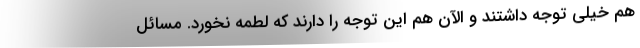
هم خیلی توجه داشتند و الآن هم این توجه را دارند که لطمه نخورد. مسائل